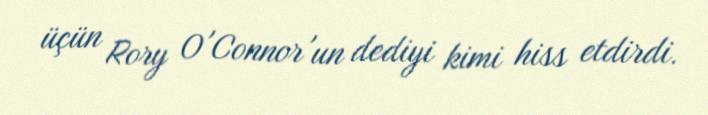
üçün Rory O'Connor'un dediyi kimi hiss etdirdi.